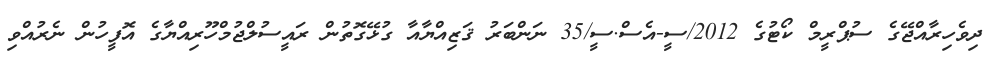
ދިވެހިރާއްޖޭގެ ސުޕްރީމް ކޯޓުގެ 2012/ސީ-އެސް.ސީ/35 ނަންބަރު ޤަޒިއްޔާއާ ގުޅޭގޮތުން ރައީސުލްޖުމްހޫރިއްޔާގެ އޮފީހުން ނެރުއްވި